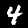
Label: 4